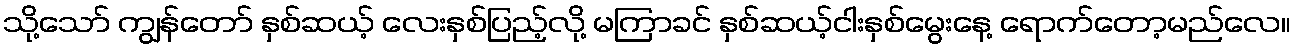
သို့သော် ကျွန်တော် နှစ်ဆယ့် လေးနှစ်ပြည့်လို့ မကြာခင် နှစ်ဆယ့်ငါးနှစ်မွေးနေ့ ရောက်တော့မည်လေ။